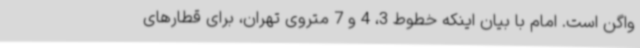
واگن است. امام با بیان اینکه خطوط 3، 4 و 7 متروی تهران، برای قطارهای